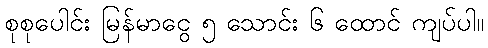
စုစုပေါင်း မြန်မာငွေ ၅ သောင်း ၆ ထောင် ကျပ်ပါ။